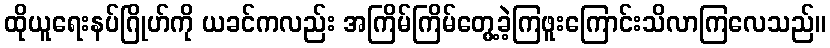
ထိုယူရေးနပ်ဂြိုဟ်ကို ယခင်ကလည်း အကြိမ်ကြိမ်တွေ့ခဲ့ကြဖူးကြောင်းသိလာကြလေသည်။